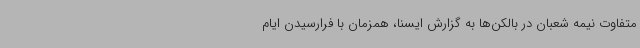
متفاوت نیمه شعبان در بالکن‌ها به گزارش ایسنا، همزمان با فرارسیدن ایام